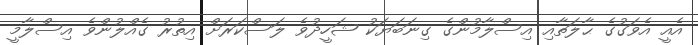
އެއީ އެވަގުގެ ޙާލަތާއި އިސްލާމުންގެ ގިނަބަޔަކު ޝަހީދުވެ ލަސްކަރަށް އިތުރު ގެއްލުންވެ އިސްލާމީ